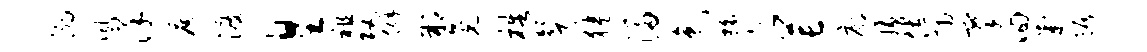
溺夙洋遮渡皇祖攻僻朔晃梏声狭浸色膂芒廓璜佐捕搴回判踞